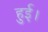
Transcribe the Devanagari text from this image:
हुई़़।